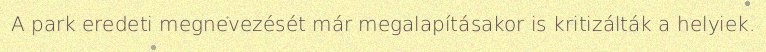
A park eredeti megnevezését már megalapításakor is kritizálták a helyiek.